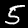
Label: 5